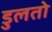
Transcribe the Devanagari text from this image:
डुलतो